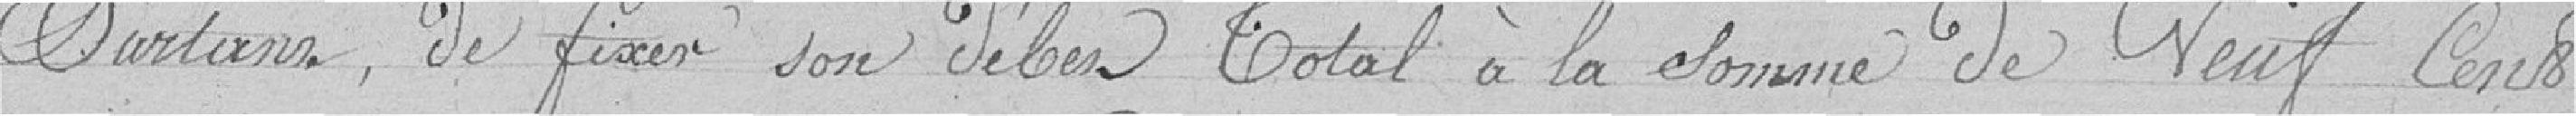
Partance de fixer son Débit Total à la Somme de Neuf Cent